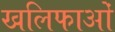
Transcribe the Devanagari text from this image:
खलिफाओं